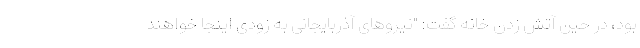
بود، در حین آتش زدن خانه گفت: "نیروهای آذربایجانی به زودی اینجا خواهند